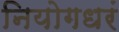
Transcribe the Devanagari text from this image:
नियोगधरं